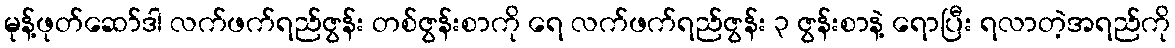
မုန့်ဖုတ်ဆော်ဒါ လက်ဖက်ရည်ဇွန်း တစ်ဇွန်းစာကို ရေ လက်ဖက်ရည်ဇွန်း ၃ ဇွန်းစာနဲ့ ရောပြီး ရလာတဲ့အရည်ကို